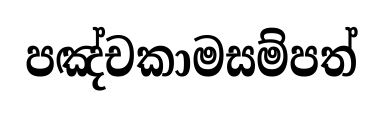
පඤ්චකාමසම්පත්